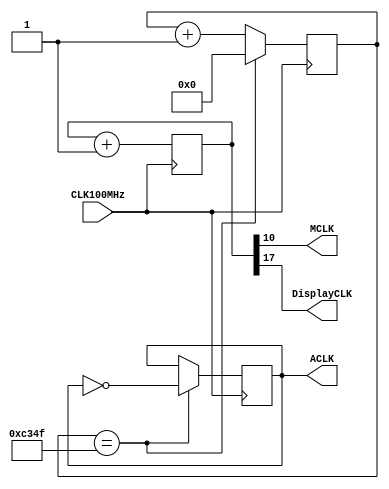
/*-------------------------------------------------------------
    Project Lab 1 - Main Project
       Program by: Zachary Bonneau
    Creation Date: 10/12/2023
     Program Name: CLK_SYS.v
    SubProgram of: CLK_System
  
    Program Description:
        CLK_SYS generates 3 timing signals for the software solution.
            - MCLK -      48.8 kHz - drives Motor PWM
            - ACLK -         1 kHz - drives auxilary modules
            - DisplayCLK - 381  Hz - Drives 7-seg display multiplexing

    Inputs:
        CLK100MHz - 100 MHz system clock from basys board
    
    Outputs:
        ACLK
        MCLK
        Display CLK

    Internal Signals:
        CLK_DIV  - 18-bit register. Divides sys clock 
        ACLK_GEN - 17-bit register. Counts to 49,999, then flips ACLK
       

*///-----------------------------------------------------------

module CLK_SYS(
    input CLK100MHz,
    output reg ACLK = 0, 
    output MCLK,  DisplayCLK
);
    reg [17:0] CLK_DIV = 0;
    reg [16:0] ACLK_GEN = 0;

    always @(posedge CLK100MHz) begin
        CLK_DIV <= CLK_DIV + 1;
        ACLK_GEN <= ACLK_GEN +1;
        if (ACLK_GEN == 49999) begin
            ACLK <= ~ACLK;
            ACLK_GEN <= 0;
        end
    end

    assign MCLK = CLK_DIV[10];
    assign DisplayCLK = CLK_DIV[17];

endmodule